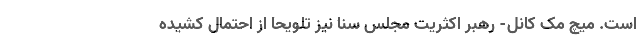
است. میچ مک کانل- رهبر اکثریت مجلس سنا نیز تلویحا از احتمال کشیده